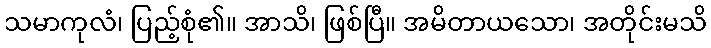
သမာကုလံ၊ ပြည့်စုံ၏။ အာသိ၊ ဖြစ်ပြီ။ အမိတာယသော၊ အတိုင်းမသိ